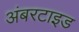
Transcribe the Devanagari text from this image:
अंबरटाइड